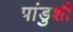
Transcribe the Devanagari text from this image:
पांडुशी